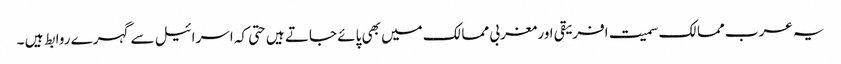
یہ عرب ممالک سمیت افریقی اور مغربی ممالک میں بھی پائے جاتے ہیں حتی کہ اسرائیل سے گہرے روابط ہیں ۔